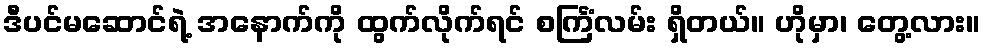
ဒီပင်မဆောင်ရဲ့ အနောက်ကို ထွက်လိုက်ရင် စင်္ကြံလမ်း ရှိတယ်။ ဟိုမှာ၊ တွေ့လား။